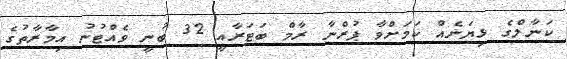
ކަނާލްގެ ޅިޔަނެއް ކަމަށްވާ ޕުރްނާ ރާމް ބަޓަރާއީ 32 ބުނީ ވެއްޓުނު އިމާރާތުގެ